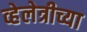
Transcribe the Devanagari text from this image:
व्हेलेत्रीच्या